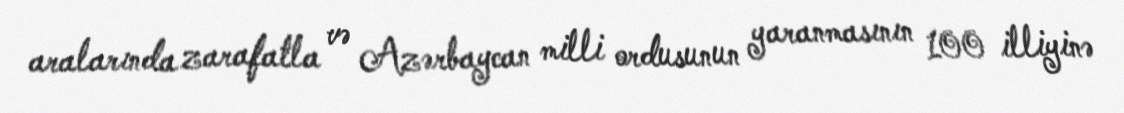
aralarında zarafatla və Azərbaycan milli ordusunun yaranmasının 100 illiyinə